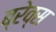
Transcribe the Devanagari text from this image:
ब्रेव्स